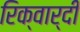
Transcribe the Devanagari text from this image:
रिक्वार्दी